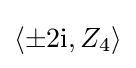
\left\langle \pm 2\mathrm {i} ,Z_{4}\right\rangle